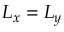
L _ { x } = L _ { y }